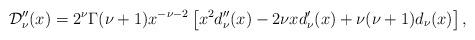
LaTeX: \begin{align*}\mathcal{D}''_{\nu}(x)=2^{\nu}\Gamma(\nu+1)x^{-\nu-2}\left[x^2d''_{\nu}(x)-2\nu x d'_{\nu}(x)+\nu(\nu+1)d_{\nu}(x)\right],\end{align*}